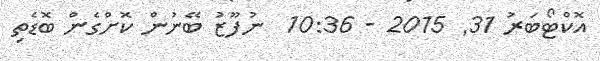
އޮކްޓޯބަރު 31